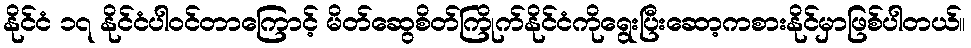
နိုင်ငံ ၁၇ နိုင်ငံပါဝင်တာကြောင့် မိတ်ဆွေစိတ်ကြိုက်နိုင်ငံကိုရွေးပြီးဆော့ကစားနိုင်မှာဖြစ်ပါတယ်။